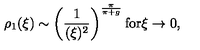
\rho _ { 1 } ( \xi ) \sim \left( \frac { 1 } { ( \xi ) ^ { 2 } } \right) ^ { \frac { \pi } { \pi + g } } \mathrm { f o r } \xi \rightarrow 0 ,